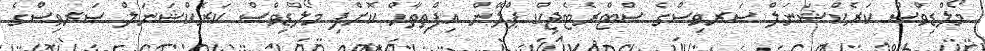
މޯލްޑިވްސް ކަރެކްޝަނަލް ސަރވިސްގެ ސްޓްރެޓެޖިކް ޕްލޭން އިފްތިތާޙް ކޮށްފި މޯލްޑިވްސް ކަރެކްޝަނަލް ސަރވިސްގެ